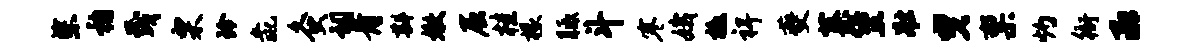
柴稽茂栗玲彘灸祠骨斟嫩屈桂椽胝斗寒娥檄裨夔蕖堡壮曳禀灼衙承